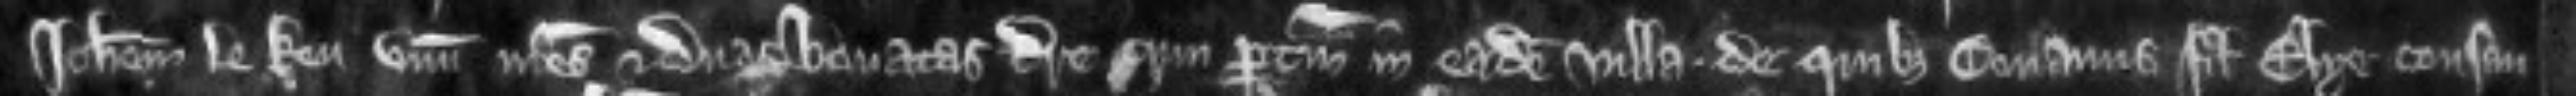
Johannem le Keu unum mesuagium et duas bovatas terre cum pertinenciis in eadem villa de quibus Conanus filius Elye consan